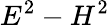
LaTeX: E^{2}-H^{2}